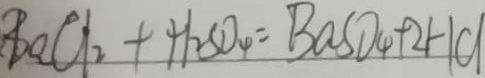
B a C l _ { 2 } + H _ { 2 } S O _ { 4 } = B a S O _ { 4 } + 2 H C l